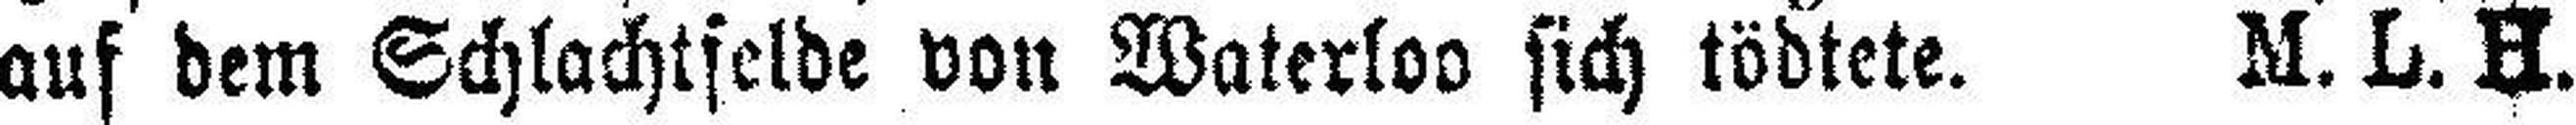
auf dem Schlachtfelde von Waterloo sich tödtete. M. L. H.